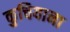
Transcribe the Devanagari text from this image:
कुचियाना